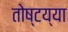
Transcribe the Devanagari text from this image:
तोष्टय्या